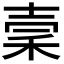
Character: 𥞤